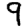
Digit: 9